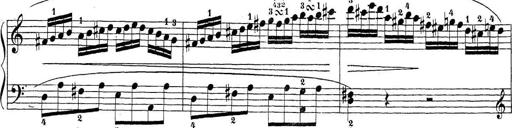
Title: Sonatina Album
Composer: Louis KÃ¶hler